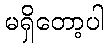
မရှိတော့ပါ